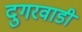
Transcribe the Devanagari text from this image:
दुगरवाडी